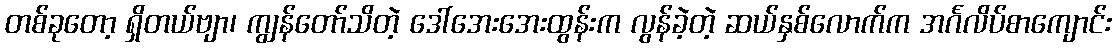
တစ်ခုတော့ ရှိတယ်ဗျာ၊ ကျွန်တော်သိတဲ့ ဒေါ်အေးအေးထွန်းက လွန်ခဲ့တဲ့ ဆယ်နှစ်လောက်က အင်္ဂလိပ်စာကျောင်း